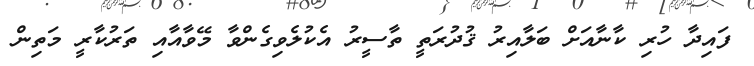
ފައިދާ ހުރި ކާނާއަށް ބަލާއިރު ޤުދުރަތީ ތާސީރު އެކުލެވިގެންވާ މޭވާއާއި ތަރުކާރީ މަތިން